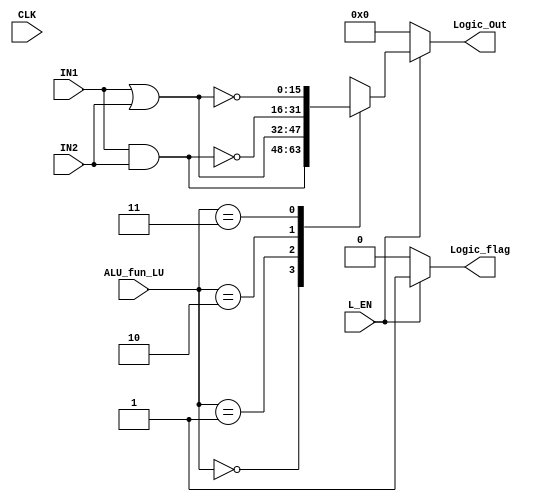
module logic_u # (
    parameter WIDTH=16)
(
  input    wire                  CLK,
  input    wire                  L_EN,
  input    wire   [1:0]          ALU_fun_LU,
  input    wire   [WIDTH-1 :0]   IN1, 
  input    wire   [WIDTH-1 :0]   IN2, 
  output   reg    [WIDTH-1 :0]   Logic_Out,                 
  output   reg                   Logic_flag
);


always @(*) 
begin
    if (L_EN)
      begin
        Logic_flag = 1 ;
        case (ALU_fun_LU)
          2'b00:  Logic_Out             =   IN1 & IN2;
          2'b01:  Logic_Out             =   IN1 | IN2;
          2'b10:  Logic_Out             = ~(IN1 & IN2);
          2'b11:  Logic_Out             = ~(IN1 | IN2);
        
        endcase  
      end
    else
      begin
      Logic_Out  = 0; 
      Logic_flag = 0;
      end


    
end
    
endmodule